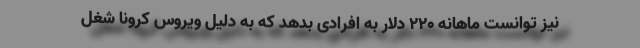
نیز توانست ماهانه 220 دلار به افرادی بدهد که به دلیل ویروس کرونا شغل